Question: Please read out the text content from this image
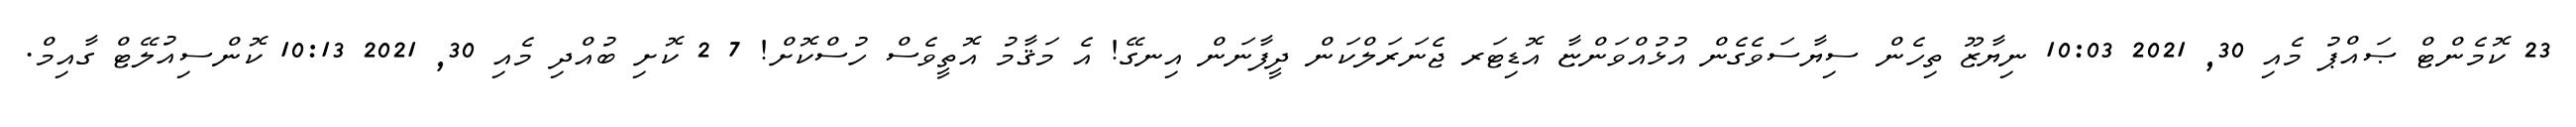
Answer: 23 ކޮމެންޓް ޞައްޕު މެއި 30, 2021 10:03 ނިޔާޒޫ ތިހެން ސިޔާސަވެގެން އުޅުއްވަންޏާ އޮޑިޓަރ ޖެނަރަލްކަން ދީފާނަން އިނގޭ! އެ މަޤާމު އޮތީވެސް ހުސްކޮށް! 7 2 ކޮށި ބުއްދި މެއި 30, 2021 10:13 ކޮންސިއުލޭޓް ގާއިމް.